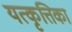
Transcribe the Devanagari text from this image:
यत्कृत्तिका